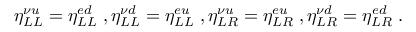
\eta _ { L L } ^ { \nu u } = \eta _ { L L } ^ { e d } \; , \eta _ { L L } ^ { \nu d } = \eta _ { L L } ^ { e u } \; , \eta _ { L R } ^ { \nu u } = \eta _ { L R } ^ { e u } \; , \eta _ { L R } ^ { \nu d } = \eta _ { L R } ^ { e d } \; .